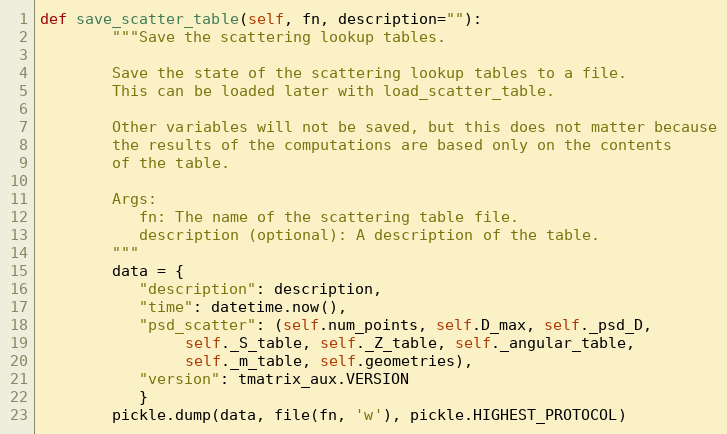
Language: Python
def save_scatter_table(self, fn, description=""):
        """Save the scattering lookup tables.

        Save the state of the scattering lookup tables to a file.
        This can be loaded later with load_scatter_table.

        Other variables will not be saved, but this does not matter because
        the results of the computations are based only on the contents
        of the table.

        Args:
           fn: The name of the scattering table file.
           description (optional): A description of the table.
        """
        data = {
           "description": description,
           "time": datetime.now(),
           "psd_scatter": (self.num_points, self.D_max, self._psd_D,
                self._S_table, self._Z_table, self._angular_table,
                self._m_table, self.geometries),
           "version": tmatrix_aux.VERSION
           }
        pickle.dump(data, file(fn, 'w'), pickle.HIGHEST_PROTOCOL)